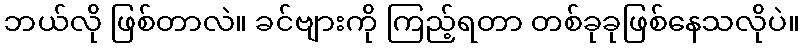
ဘယ်လို ဖြစ်တာလဲ။ ခင်ဗျားကို ကြည့်ရတာ တစ်ခုခုဖြစ်နေသလိုပဲ။